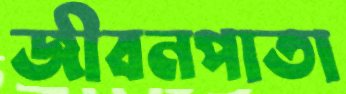
জীবনপাতা